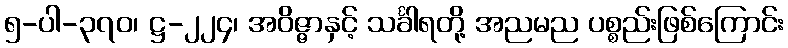
၅-ပါ-၃၇၀၊ ဋ္ဌ-၂၂၄၊ အဝိဇ္ဇာနှင့် သင်္ခါရတို့ အညမည ပစ္စည်းဖြစ်ကြောင်း